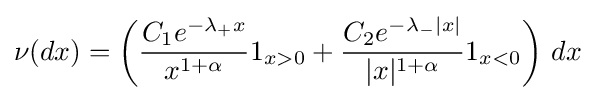
\nu (dx)=\left({\frac {C_{1}e^{-\lambda _{+}x}}{x^{1+\alpha }}}1_{x>0}+{\frac {C_{2}e^{-\lambda _{-}|x|}}{|x|^{1+\alpha }}}1_{x<0}\right)\,dx